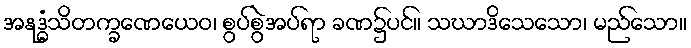
အနုဒ္ဓံသိတက္ခဏေယေဝ၊ စွပ်စွဲအပ်ရာ ခဏ၌ပင်။ သဃာဒိသေသော၊ မည်သော။